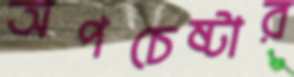
অপচেষ্টার